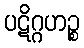
ပဋိဂ္ဂဟဉ္စ